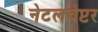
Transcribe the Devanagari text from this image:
नेटलचेप्टर